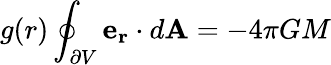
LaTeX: g(r)\oint_{\partial V}\mathbf{e_{r}}\cdot d\mathbf{A}=-4\pi GM